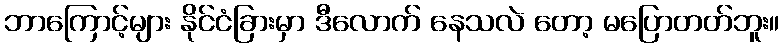
ဘာကြောင့်များ နိုင်ငံခြားမှာ ဒီလောက် နေသလဲ တော့ မပြောတတ်ဘူး။